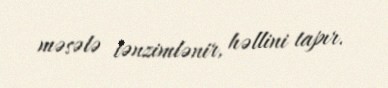
məsələ tənzimlənir, həllini tapır.